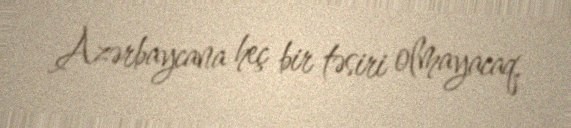
Azərbaycana heç bir təsiri olmayacaq.